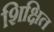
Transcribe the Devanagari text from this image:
शिक्षित